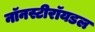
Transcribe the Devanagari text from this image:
नॉनस्टीरॉयडल